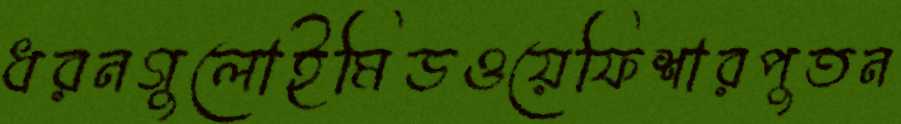
ধরনগুলোইমিডওয়েফিশারপুতন